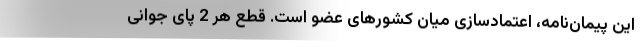
این پیمان‌نامه، اعتمادسازی میان کشورهای عضو است. قطع هر 2 پای جوانی